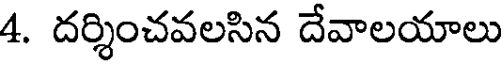
4. దర్శించవలసిన దేవాలయాలు